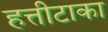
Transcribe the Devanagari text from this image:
हत्तीटाका